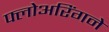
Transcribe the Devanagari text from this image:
फ्लोअरिंगने